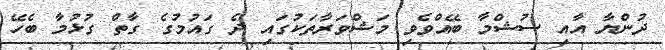
ދުންޔާ އާއި ސުޝްމާ ބޭއްވެވި މަޝްވަރާތަކުގައި ދެ ގައުމުގެ ގާތް ގުޅުމާ ބެހޭ